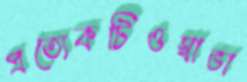
প্রত্যেকটিওস্বাভা